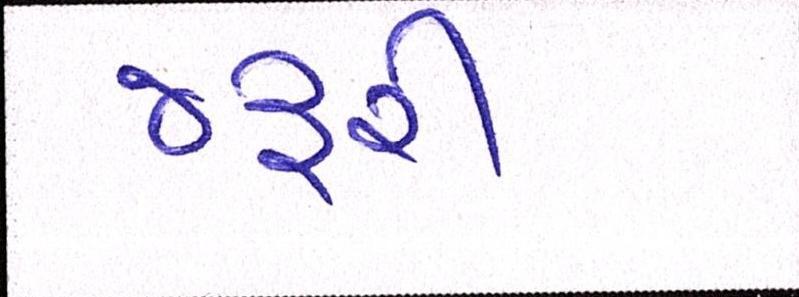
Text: જરૃરી